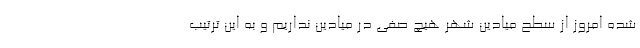
شده امروز از سطح میادین شهر هیچ صفی در میادین نداریم و به این ترتیب